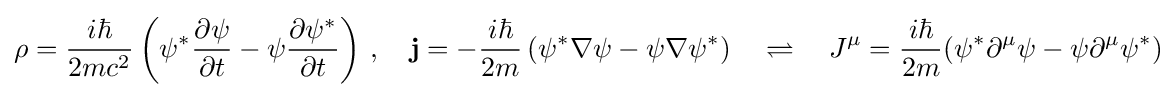
\rho ={\frac {i\hbar }{2mc^{2}}}\left(\psi ^{*}{\frac {\partial \psi }{\partial t}}-\psi {\frac {\partial \psi ^{*}}{\partial t}}\right)\,,\quad \mathbf {j} =-{\frac {i\hbar }{2m}}\left(\psi ^{*}\nabla \psi -\psi \nabla \psi ^{*}\right)\quad \rightleftharpoons \quad J^{\mu }={\frac {i\hbar }{2m}}(\psi ^{*}\partial ^{\mu }\psi -\psi \partial ^{\mu }\psi ^{*})